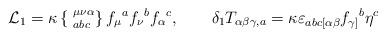
LaTeX: \begin{align*}{\cal L}_1 =\kappa \left\{ \phantom{|}^{\mu\nu\alpha}_{abc} \right\}f_\mu{}^a f_\nu{}^b f_\alpha{}^c, \qquad \delta_1T_{\alpha\beta\gamma,a} = \kappa\varepsilon_{abc[\alpha\beta} f_{\gamma]}{}^b \eta^c\end{align*}